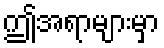
ဤအရာများမှာ